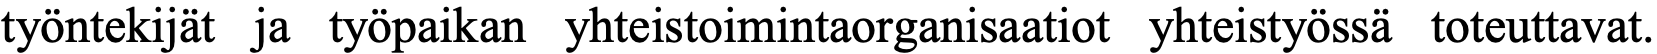
työntekijät ja työpaikan yhteistoimintaorganisaatiot yhteistyössä toteuttavat.